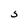
Character: S